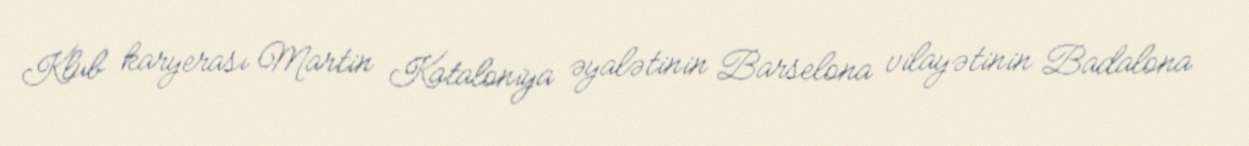
Klub karyerası Martin Kataloniya əyalətinin Barselona vilayətinin Badalona